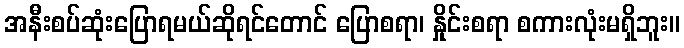
အနီးစပ်ဆုံးပြောရမယ်ဆိုရင်တောင် ပြောစရာ၊ နှိုင်းစရာ စကားလုံးမရှိဘူး။